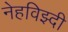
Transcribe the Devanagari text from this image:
नेहविझ्दी